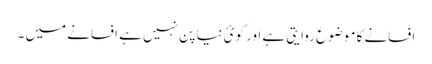
افسانے کا موضوع روایتی ہے اور کوئ نیا پن نہیں ہے افسانے میں ۔